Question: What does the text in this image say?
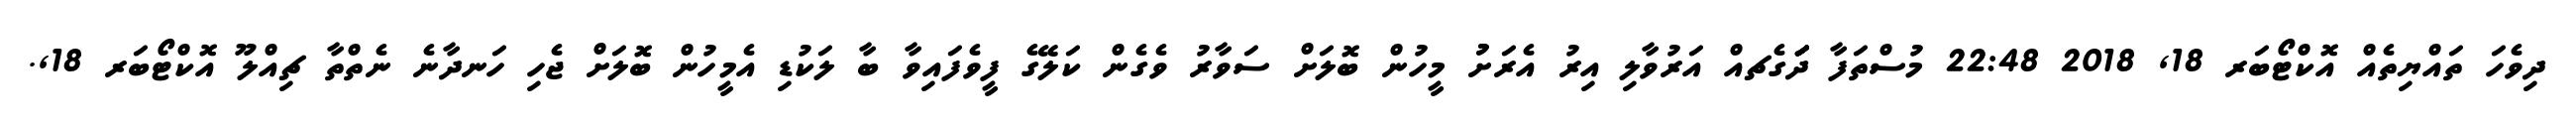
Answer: ދިވެހަ ތައްޔިތެއް އޮކްޓޯބަރ 18, 2018 22:48 މުސްތަފާ ދަަަަަަަގެޗއް އަރުވާލި އިރު އެރަށުު މީހުން ބޮލަށް ސަވާރު ވެގެން ކަލޭގެ ފީވެފައިވާ ބާ ލަކުޑި އެމީހުން ބޮލަށް ޖެހި ހަނދާނެ ނެތްތާ ޗިއްލޫ އޮކްޓޯބަރ 18,.